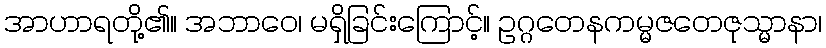
အာဟာရတို့၏။ အဘာဝေ၊ မရှိခြင်းကြောင့်။ ဥဂ္ဂတေနကမ္မဇတေဇုသ္မာနာ၊